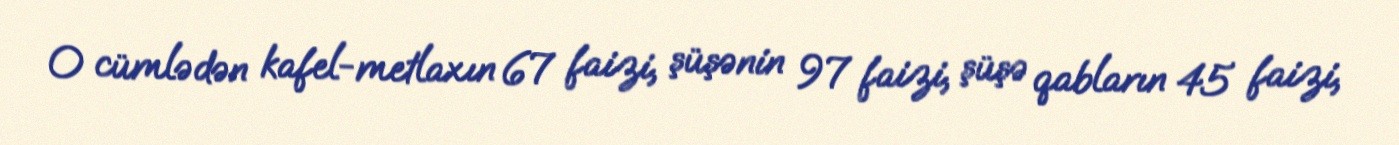
O cümlədən kafel-metlaxın 67 faizi, şüşənin 97 faizi, şüşə qabların 45 faizi,